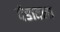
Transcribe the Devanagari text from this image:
दंडातला